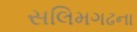
સલિમગઢના